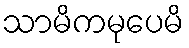
သာမိကမုပေမိ